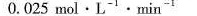
0.025mol·L^{-1}·min^{-1}